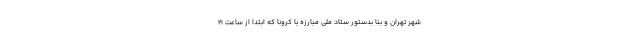
شهر تهران و بنا بدستور ستاد ملی مبارزه با کرونا که ابتدا از ساعت ۲۱